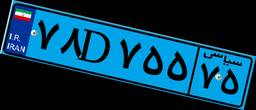
۷۸D۷۵۵۷۵